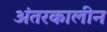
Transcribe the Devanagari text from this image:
अंतरकालीन